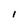
Character: l